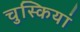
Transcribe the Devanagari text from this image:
चुस्कियां